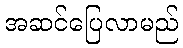
အဆင်ပြေလာမည်